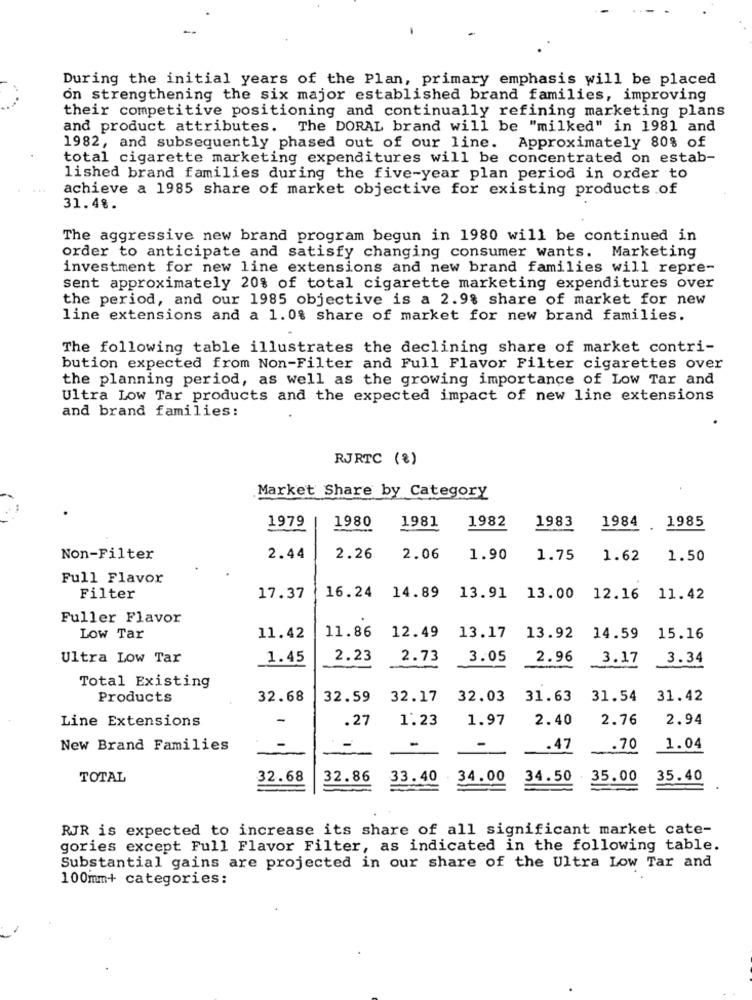
During the initial years of the Plan, primary emphasis will be placed
on strengthening the six major established brand families, improving
their competitive positioning and continually refining marketing plans
and product attributes. The DORAL brand will be "milked" in 1981 and
1982, and subsequently phased out of our line. Approximately 80% of
total cigarette marketing expenditures will be concentrated on estab-
lished brand families during the five-year plan period in order to
achieve a 1985 share of market objective for existing products .of
31.48.
The aggressive new brand program begun in 1980 will be continued in
order to anticipate and satisfy changing consumer wants. Marketing
investment for new line extensions and new brand families will repre-
sent approximately 20% of total cigarette marketing expenditures over
the period, and our 1985 objective is a 2.98 share of market for new
line extensions and a 1.0% share of market for new brand families.
The following table illustrates the declining share of market contri-
bution expected from Non-Filter and Full Flavor Filter cigarettes over
the planning period, as well as the growing importance of Low Tar and
Ultra Low Tar products and the expected impact of new line extensions
and brand families:
RJRTC (%)
Market Share by Category
1980
1982
1983
1979
1981
1984 1985
Non-Filter
2.44
2.26
2.06
1.90
1.75
1.62
1.50
Full Flavor
Filter
17.37
16.24 14.89
13.91
13.00
12.16
11.42
Fuller Flavor
Low Tar
11.42
11.86
12.49
13.17
13.92
14.59
15.16
Ultra Low Tar
1.45
2.23
2.73
3.05
2.96
3.17
3.34
Total Existing
Products
32.68
32.59
32.17
32.03
31.63
31.54
31.42
Line Extensions
-
.27
1.23
1.97
2.40
2.76
2.94
New Brand Families
-
-
. 47
.70
1.04
TOTAL
32.68
32.86
33.40
34.00
34.50
35.00
35.40
RJR is expected to increase its share of all significant market cate-
gories except Full Flavor Filter, as indicated in the following table.
Substantial gains are projected in our share of the Ultra Low Tar and
100mm+ categories: